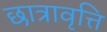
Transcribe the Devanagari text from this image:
छात्रावृत्ति